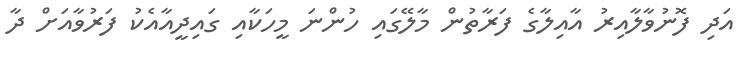
އަދި ފޮނުވާލާއިރު އާއިލާގެ ފަރާތުން މާލޭގައި ހުންނަ މީހަކާއި ގައިދީއާއެކު ފަރުވާއަށް ދާ